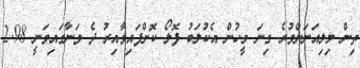
ތިން މިލިއަނަށްވުރެ ގިނަ މީހުން އެކުލަބު ފޮލޯ ކޮށްފައިވާއިރު ދެ ވަނާގައިވަނީ 2.98